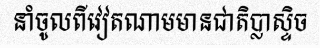
នាំចូលពីវៀតណាមមានជាតិប្លាស្ទិច